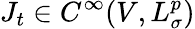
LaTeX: J_{t}\in C^{\infty}(V,L_{\sigma}^{p})